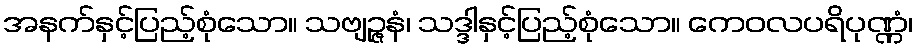
အနက်နှင့်ပြည့်စုံသော။ သဗျဉ္ဇနံ၊ သဒ္ဒါနှင့်ပြည့်စုံသော။ ကေဝလပရိပုဏ္ဏံ၊